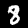
Label: 8